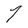
Character: 7